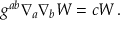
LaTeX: g ^ { a b } \nabla _ { a } \nabla _ { b } { \cal W } = c { \cal W } \, .